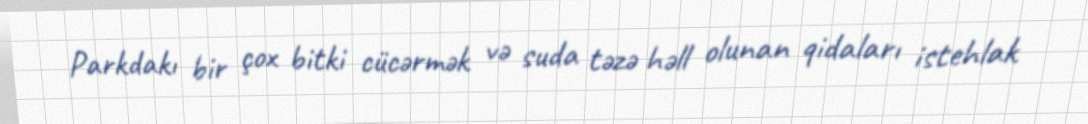
Parkdakı bir çox bitki cücərmək və suda təzə həll olunan qidaları istehlak